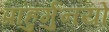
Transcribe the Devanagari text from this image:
प्राहुर्मुनयो